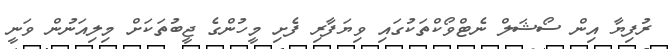
ރުފިޔާ އިން ސޯޝަލް ނެޓްވޯކްތަކުގައި ވިޔަފާރި ފެށި މީހުންގެ ޖީބުތަކަށް މިލިއަނުން ވަނީ